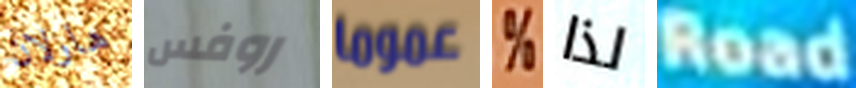
هارلان روفس عموما % لذا Road